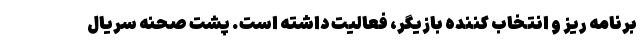
برنامه ریز و انتخاب کننده بازیگر، فعالیت داشته است. پشت صحنه سریال